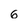
Character: 6